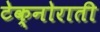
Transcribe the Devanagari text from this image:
टेक्नोराती